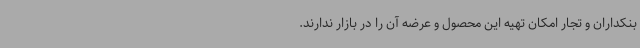
بنکداران و تجار امکان تهیه این محصول و عرضه آن را در بازار ندارند.